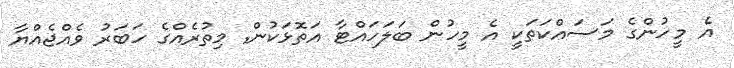
އެ މީހުންގެ މަސައްކަތަކީ އެ މީހުން ބަލަހައްޓާ އަތޮޅަކުން